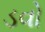
ડવો